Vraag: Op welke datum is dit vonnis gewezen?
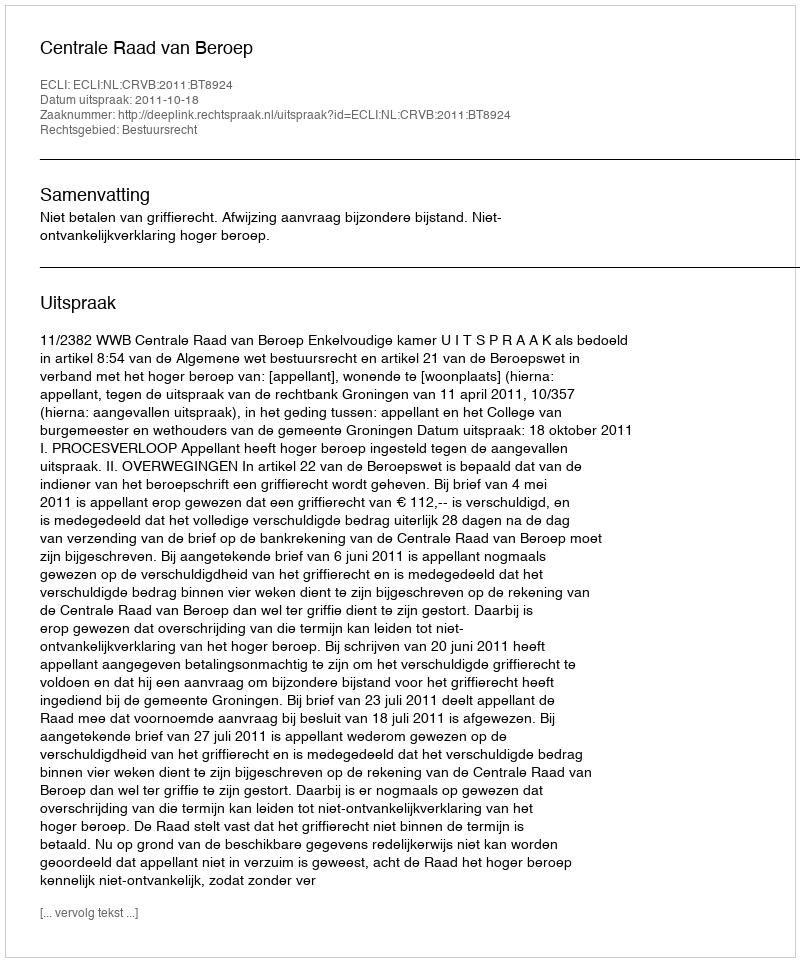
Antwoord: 2011-10-18